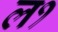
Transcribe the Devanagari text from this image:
ल१